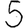
Digit: 5